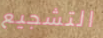
التشجيع